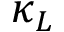
\kappa _ { L }